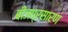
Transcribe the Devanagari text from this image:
बीजप्रसारण